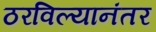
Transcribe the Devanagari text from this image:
ठरविल्यानंतर